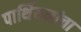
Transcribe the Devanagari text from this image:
पार्थियनांचा